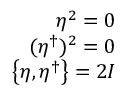
\begin{array} { r } { \eta ^ { 2 } = 0 } \\ { ( \eta ^ { \dagger } ) ^ { 2 } = 0 } \\ { \left\lbrace \eta , \eta ^ { \dagger } \right\rbrace = 2 I } \end{array}